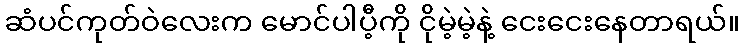
ဆံပင်ကုတ်ဝဲလေးက မောင်ပါပီ့ကို ငိုမဲ့မဲ့နဲ့ ငေးငေးနေတာရယ်။